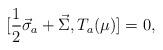
LaTeX: \begin{align*}[\frac{1}{2} \vec{\sigma}_a + \vec{\Sigma}, T_a (\mu)] = 0,\end{align*}